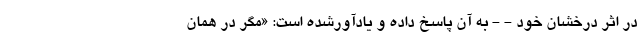
در اثر درخشان خود - - به آن پاسخ داده و یادآورشده است: «مگر در همان